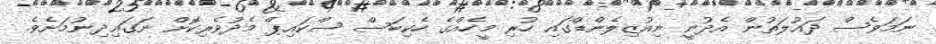
ނަމަވެސް ދައުލަތުން އެދުނީ ނިއުޒިލެންޑްގައި ހުރި މީހެއްގެ ހެކިބަސް ސްކައިޕް މެދުވެރިކޮށް ނަގައިދިނުމަށެވެ.